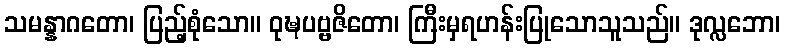
သမန္နာဂတော၊ ပြည့်စုံသော။ ဝုဍ္ဎပဗ္ဗဇိတော၊ ကြီးမှရဟန်းပြုသောသူသည်။ ဒုလ္လဘော၊